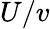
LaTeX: U/v